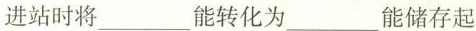
进站时将___能转化为___能储存起